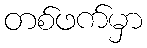
တစ်ဖက်မှာ